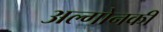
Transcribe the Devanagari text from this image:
अल्गोनकी